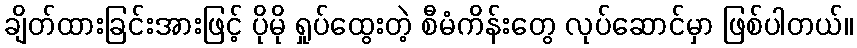
ချိတ်ထားခြင်းအားဖြင့် ပိုမို ရှုပ်ထွေးတဲ့ စီမံကိန်းတွေ လုပ်ဆောင်မှာ ဖြစ်ပါတယ်။